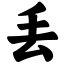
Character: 丢